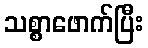
သစ္စာဖောက်ပြီး